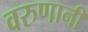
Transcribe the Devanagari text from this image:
वरुणानी